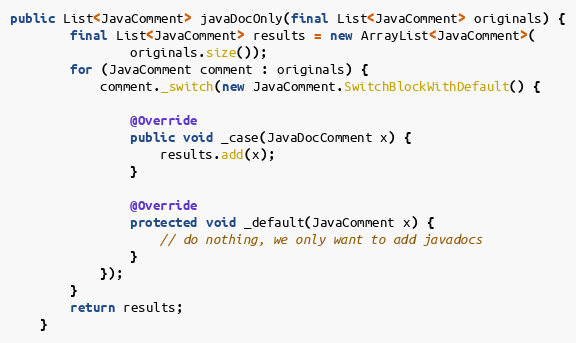
Language: Java
public List<JavaComment> javaDocOnly(final List<JavaComment> originals) {
        final List<JavaComment> results = new ArrayList<JavaComment>(
                originals.size());
        for (JavaComment comment : originals) {
            comment._switch(new JavaComment.SwitchBlockWithDefault() {

                @Override
                public void _case(JavaDocComment x) {
                    results.add(x);
                }

                @Override
                protected void _default(JavaComment x) {
                    // do nothing, we only want to add javadocs
                }
            });
        }
        return results;
    }